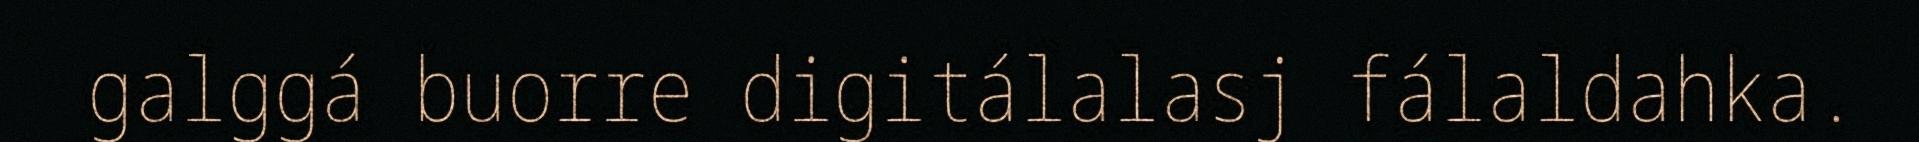
galggá buorre digitálalasj fálaldahka.